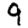
Digit: 9